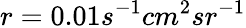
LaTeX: r=0.01s^{-1}cm^{2}sr^{-1}